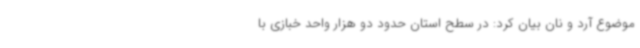
موضوع آرد و نان بیان کرد: در سطح استان حدود دو هزار واحد خبازی با